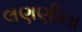
લણણીના